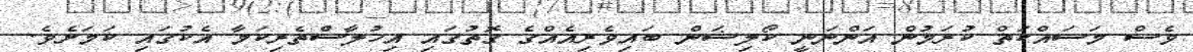
ވެސް މަސައްކަތް ކުރަމުން އަންނަނީ ކޯލިޝަން ބައިވެރިއެއްގެ ގޮތުގައި އިޚުލާސްތެރިކަމާ އެކުގައި ކަމަށެވެ.